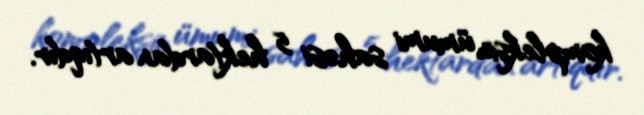
kompleksin ümumi sahəsi 5 hektardan artıqdır.